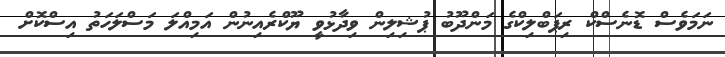
ނަމަވެސް ޑޮނެސްކް ރިޕަބްލިކްގެ މަންދޫބު ޕުޝިލިން ވިދާޅުވީ ޔޫކްރެއިނުން އަމިއްލަ މަސްލަހަތު އިސްކޮށް